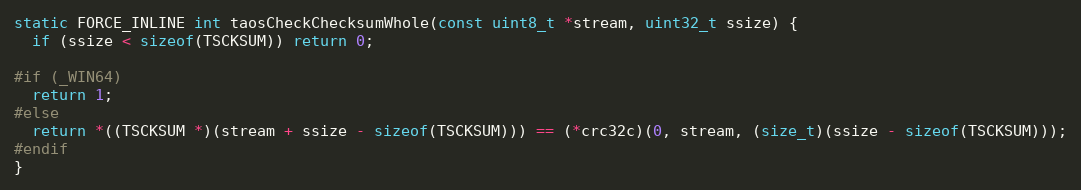
Language: C
static FORCE_INLINE int taosCheckChecksumWhole(const uint8_t *stream, uint32_t ssize) {
  if (ssize < sizeof(TSCKSUM)) return 0;

#if (_WIN64)
  return 1;
#else
  return *((TSCKSUM *)(stream + ssize - sizeof(TSCKSUM))) == (*crc32c)(0, stream, (size_t)(ssize - sizeof(TSCKSUM)));
#endif
}